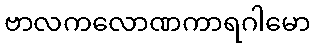
ဗာလကလောဏကာရဂါမော